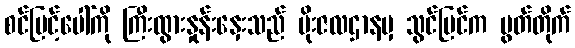
စင်မြင့်ပေါ်ကို ကြီးထွားနှုန်းနှေးသည် မိုးဇလဌာနမှ သွင်ပြင်က ပွတ်တိုက်